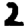
Digit: 2